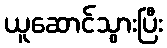
ယူဆောင်သွားပြီး